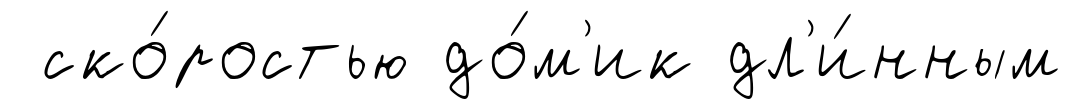
ско́ростью до́м'ик дл'и́нным